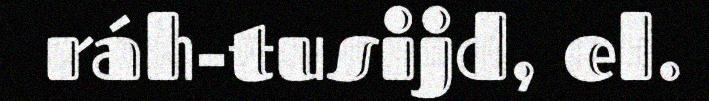
ráh-tusijd, el.